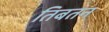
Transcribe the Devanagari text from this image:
तिबतन